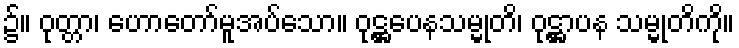
၌။ ဝုတ္တာ၊ ဟောတော်မူအပ်သော။ ဝုဋ္ဌပေနသမ္မုတိ၊ ဝုဋ္ဌာပန သမ္မုတိကို။